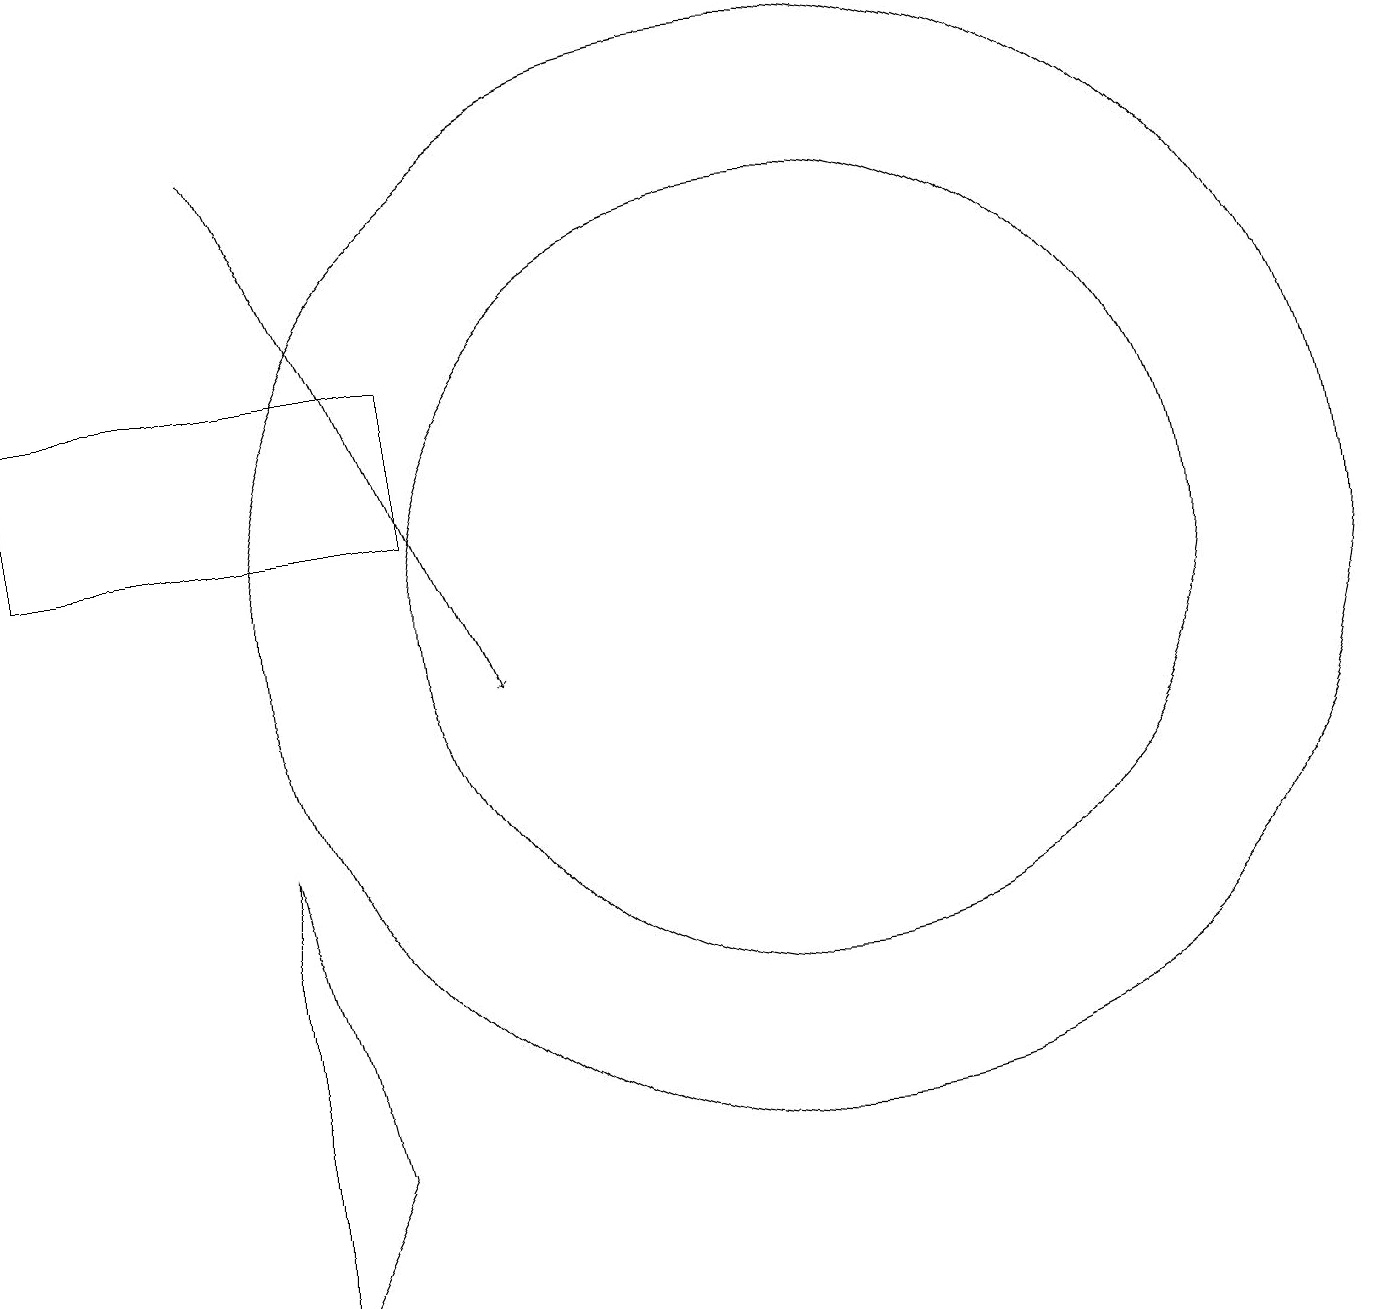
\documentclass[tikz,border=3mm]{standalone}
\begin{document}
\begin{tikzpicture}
\draw (11,11) circle (5);
\draw[->] (4,17) -- (7,10);
\draw (11,11) circle (7);
\draw (1,14) rectangle (6,12);
\draw (4,2) -- (4,8) -- (5,4) -- cycle;
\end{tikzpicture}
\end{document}